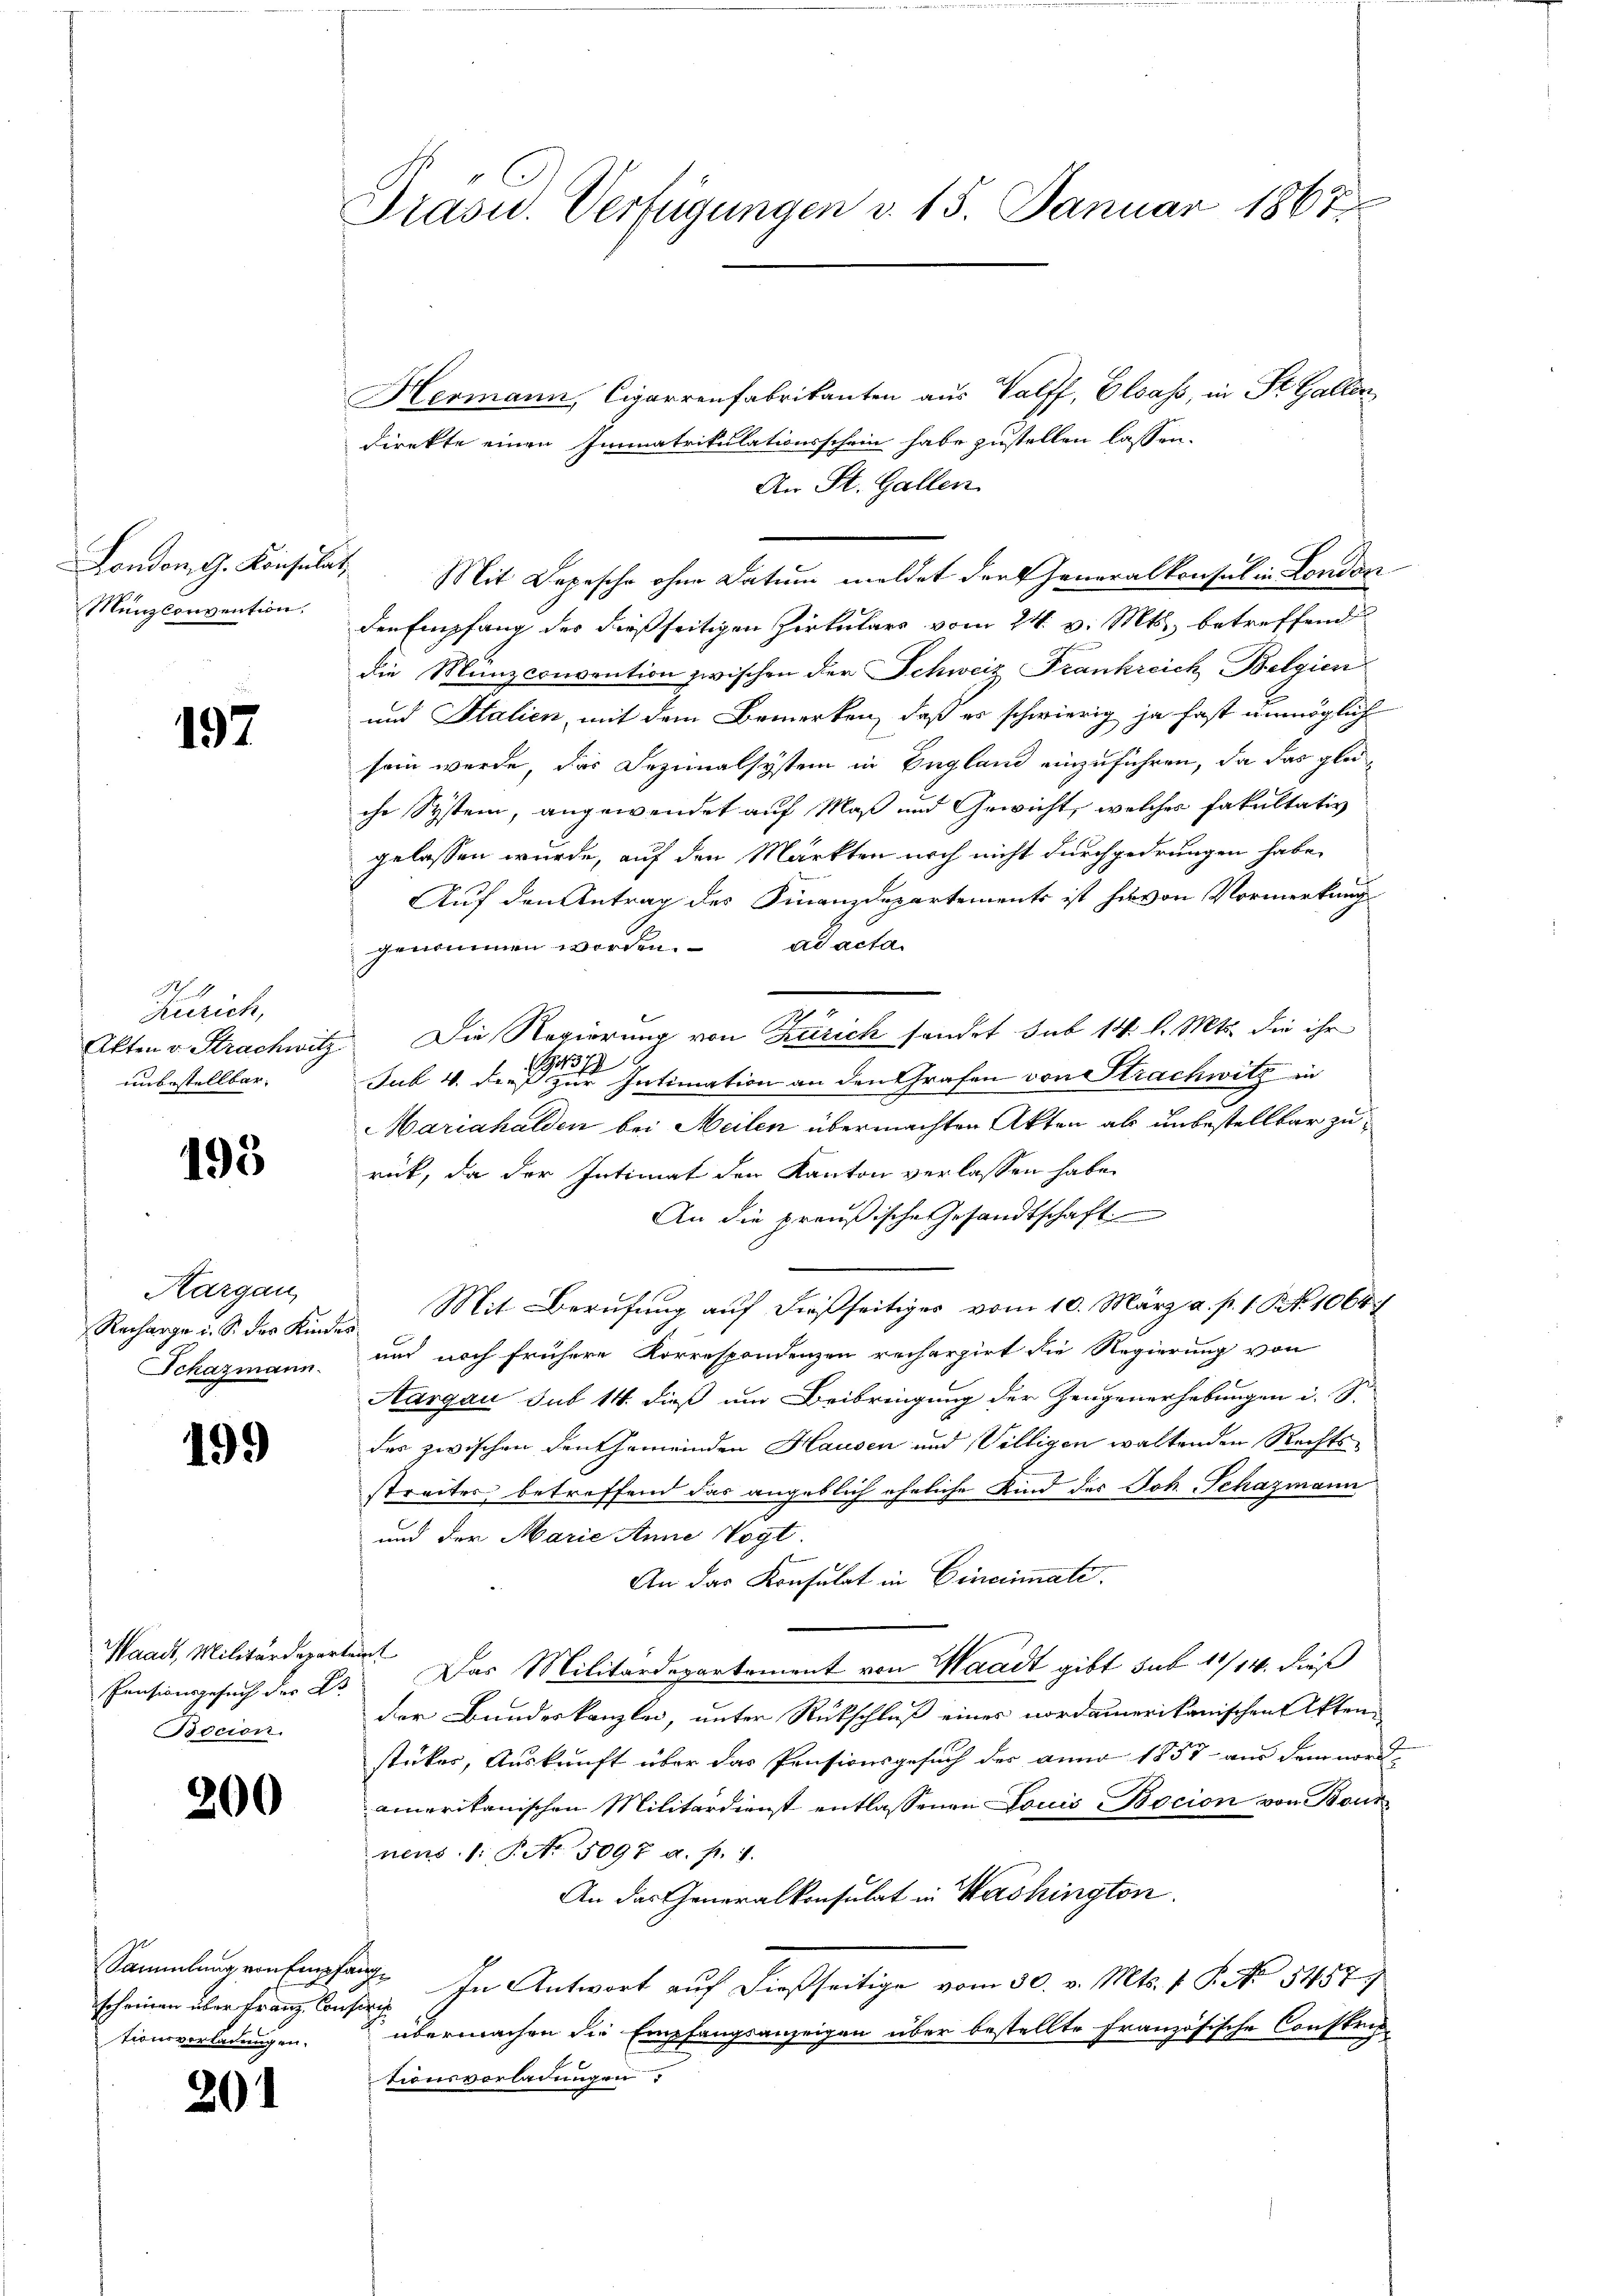
Münzconvention.

197

Nr. 9
Zürich,
unbestellbar.

193

Hargau,

199

Waadt, Militärdeparteit
Pensionsgesuch der B
Bocion.

200

Hermann, Cigarrenfabrikanten aus Palff, Elsass, in St. Gallen,
direkte einen Immatrikulationsschein habe zustellen lassen.
An St. Gallen.
London, G. Konsulat. Mit Depesche ohne Datum meldet der Generalkonsul in London
den Empfang des dießseitigen Zirkulars vom 24. v. Mts. betreffend
die Münzconvention zwischen der Schweiz Frankreich Belgien
und Stalien, mit dem Bemerken, daß es schwierig ja fast unmöglich
sein werde, das Dezimalsystem in England einzuführen, da das gleiche System, angewendet auf Maß und Gewicht, welches Fakultativ
gelassen wurde, auf den Märkten noch nicht durchgedrungen habe.
Auf den Antrag des Finanzdepartements ist hievon Vormerkung
genommen worden. ad acta
2
Akten v. Strachwitz Die Regierung von Zürich sendet sub 14. l. Mts. die ihr

Jub 4. dies zur Intimation an den Grafen von Strachwitz in
Mariahalden bei Meilen übermachten Akten als unbestellbar zurück, da der Intimat der Kanton verlassen habe.
An die preußische Gesandtschaft
Recharge u. S. der Kindes Mit Berufung auf dießseitiges vom 10. März a. p. 1. Nr. 1064
Schazmann und noch frühere Korrespondenzen recherzirt die Regierung von
Aargau sub 14. dieß um Beibringung der Zeugenerhebungen i. S.
das zwischen den Gemeinden Hausen und Villigen waltenden Rechtsstreites betreffend das angeblich eheliche Kind des Joh. Schazmann
und der Marie Anne Vogt.
An das Konsulat in Cincinate.
Das Militärdepartement von Waadt gibt sub 11/14. dieß
der Bundeskanzlei, unter Rückschluß eines nordamerikanischen Akten
stükes, Auskunft über das Pensionsgesuch der anno 1857 aus dem nordamerikanischen Militärdienst entlassenen Louis Bocion von Bonz
nens. /: P. No. 5097 a. f. 1.
An das Generalkonsulat in Washington
Sammlungen Empfang. In Antwort auf dießseitige vom 30. v. Mts. 1 P. No. 5457
übermachen die Empfangsanzeigen über bestellte Französische Construtionsvorladungen

scheinen über Franz Conseris
tionsverladungen.

201

Präsid.. Verfügungen v. 15. Januar 1867